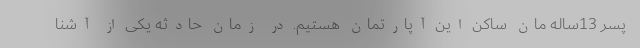
پسر 13ساله مان ساکن این آپارتمان هستیم. در زمان حادثه یکی از آشنا